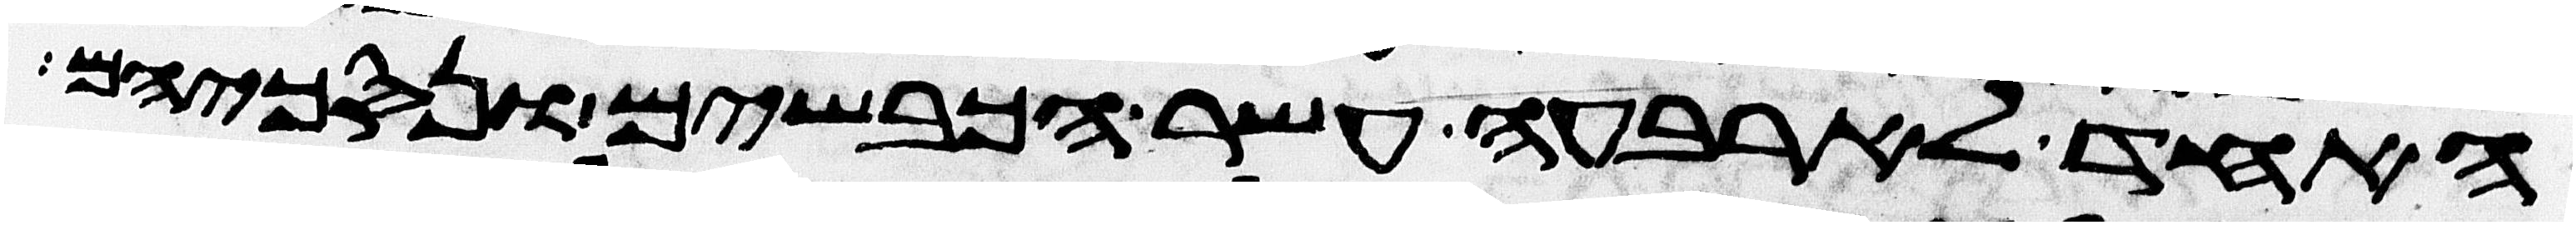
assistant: האחד לארבעה עשר הכבשים ונסכיהם